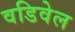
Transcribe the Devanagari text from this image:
वडिवेल